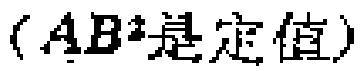
（\(AB^{2}\)是定值）